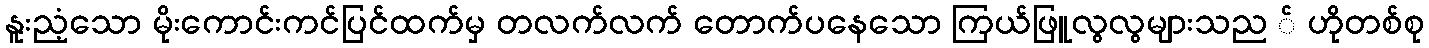
နူးညံ့သော မိုးကောင်းကင်ပြင်ထက်မှ တလက်လက် တောက်ပနေသော ကြယ်ဖြူလွလွများသည ် ဟိုတစ်စု